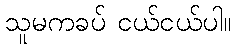
သူမကခပ် ငယ်ငယ်ပါ။